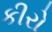
કીરો